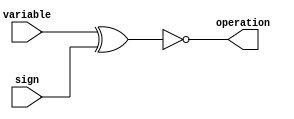
`timescale 1ns / 1ps

module Op_Select
(
input wire variable,
input wire sign,
output reg operation
);
always @*
begin
    operation = ~(variable ^ sign);
end  
endmodule